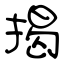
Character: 掲